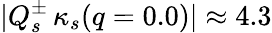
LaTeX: \vert Q_{s}^{\pm}\, \kappa_{s}(q=0.0)\vert\approx 4.3